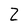
Character: Z